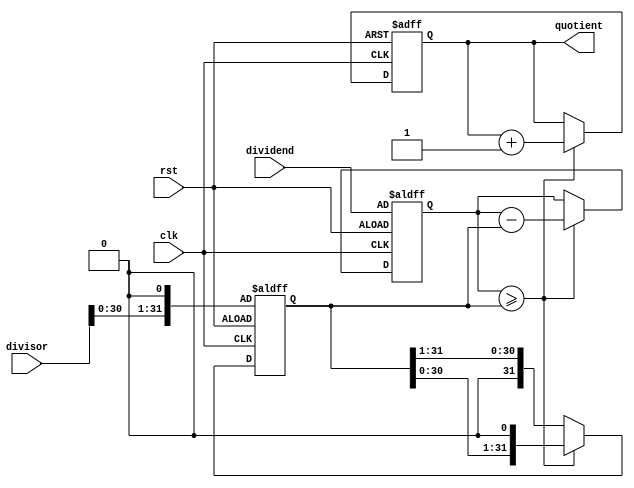
module Shift_Subtract_Divider (
    input wire clk,
    input wire rst,
    input wire [31:0] dividend,
    input wire [31:0] divisor,
    output reg [31:0] quotient
);

reg [31:0] remainder;
reg [31:0] shifted_divisor;

always @(posedge clk or posedge rst) begin
    if (rst) begin
        quotient <= 0;
        remainder <= dividend;
        shifted_divisor <= divisor << 1;
    end else begin
        if (remainder >= shifted_divisor) begin
            remainder <= remainder - shifted_divisor;
            quotient <= quotient + 1;
            shifted_divisor <= shifted_divisor << 1;
        end else begin
            shifted_divisor <= shifted_divisor >> 1;
        end
    end
end

endmodule